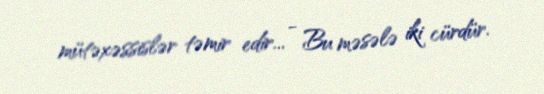
mütəxəssislər təmir edir... - Bu məsələ iki cürdür.